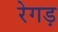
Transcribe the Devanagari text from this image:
रेगड़